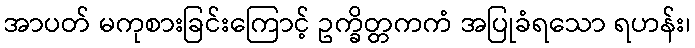
အာပတ် မကုစားခြင်းကြောင့် ဥက္ခိတ္တကကံ အပြုခံရသော ရဟန်း၊